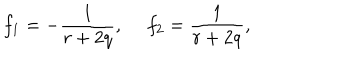
f _ { 1 } = - \frac { 1 } { r + 2 q } , ~ ~ f _ { 2 } = \frac { 1 } { r + 2 q } ,